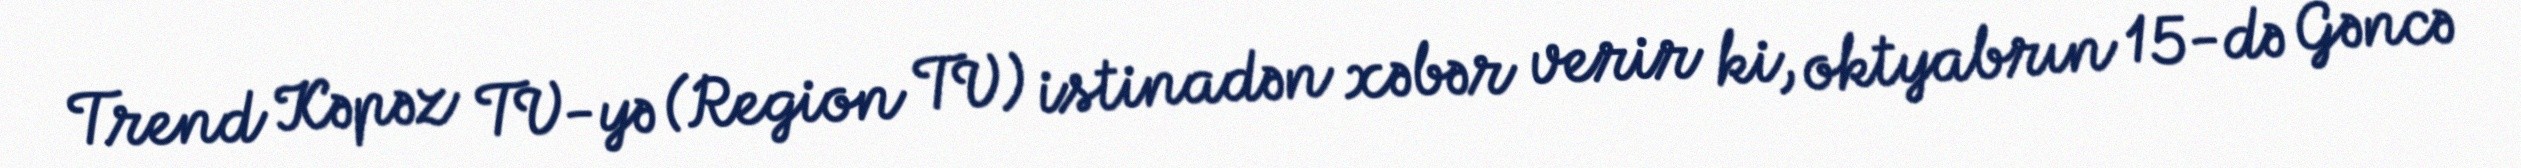
Trend Kəpəz TV-yə (Region TV) istinadən xəbər verir ki, oktyabrın 15-də Gəncə